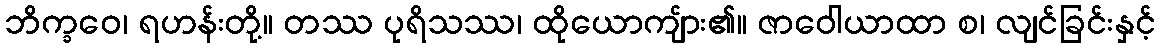
ဘိက္ခဝေ၊ ရဟန်းတို့။ တဿ ပုရိသဿ၊ ထိုယောကျ်ား၏။ ဇာဝေါယာထာ စ၊ လျင်ခြင်းနှင့်